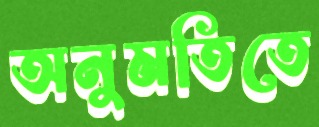
অনুমতিতে